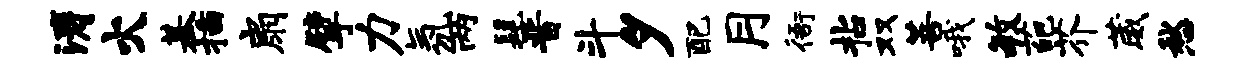
涛火基插扇擘力氛两髦晋斗夕配月衙拈双菩哦毓葩芥葳愁